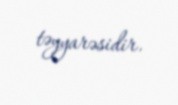
təyyarəsidir.